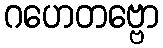
ဂဟေတဗ္ဗော